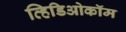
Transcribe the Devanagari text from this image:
व्हिडिओकॉम